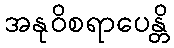
အနုဝိစရာပေန္တိ